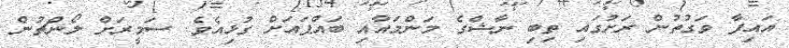
އައިފާ ވަގުތުން ރަށުގައި ތިބި ނާޝްގެ މަންމައާއި ބައްޕައަށް ގުޅިއެވެ. ސަމީރަށް ލޯންޗުން